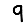
Digit: 9